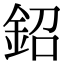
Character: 鉊